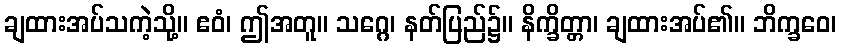
ချထားအပ်သကဲ့သို့။ ဧဝံ၊ ဤအတူ။ သဂ္ဂေ၊ နတ်ပြည်၌။ နိက္ခိတ္တာ၊ ချထားအပ်၏။ ဘိက္ခဝေ၊